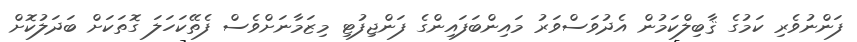
ފަންނުވެރި ކަމުގެ ޤާބިލްކަމުން އެދުވަސްވަރު މައިންބަފައިންގެ ފަންޖިފުޓި މިޒަމާނަށްވެސް ފެތޭކަހަލަ ގޮތަކަށް ބަދަލުކޮށް